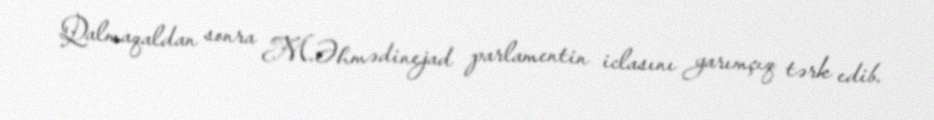
Qalmaqaldan sonra M.Əhmədinejad parlamentin iclasını yarımçıq tərk edib.